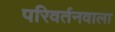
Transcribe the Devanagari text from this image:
परिवर्तनवाला